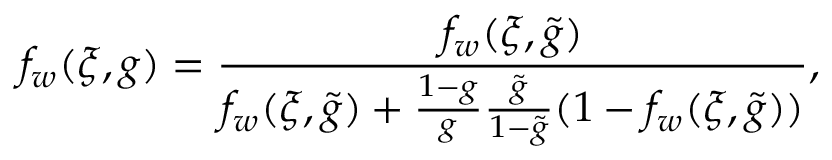
f _ { w } ( \xi , g ) = \frac { f _ { w } ( \xi , \tilde { g } ) } { f _ { w } ( \xi , \tilde { g } ) + \frac { 1 - g } { g } \frac { \tilde { g } } { 1 - \tilde { g } } ( 1 - f _ { w } ( \xi , \tilde { g } ) ) } ,